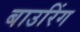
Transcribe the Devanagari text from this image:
बाउरिंग